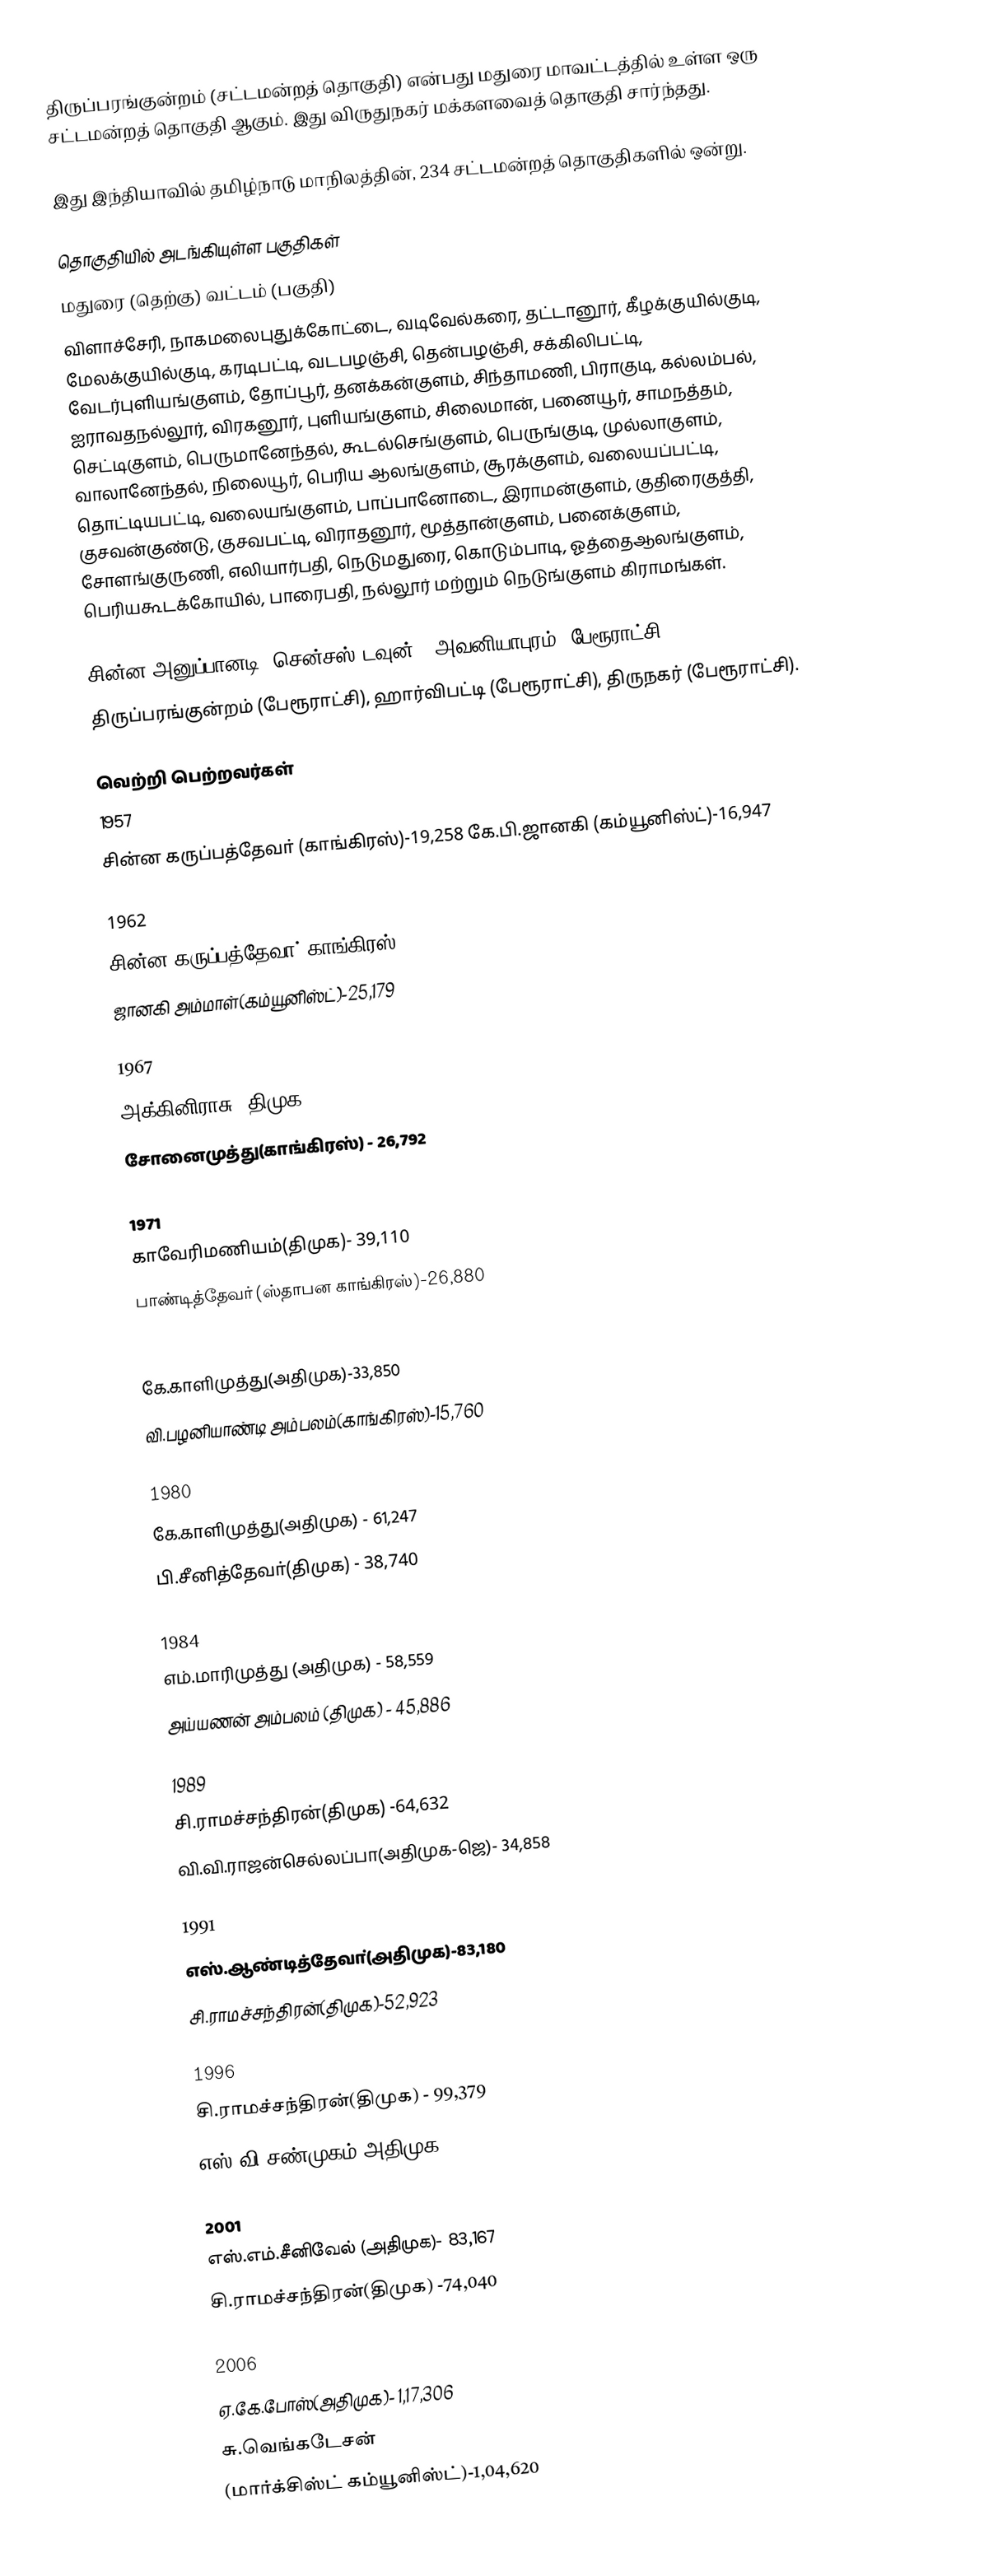
திருப்பரங்குன்றம் (சட்டமன்றத் தொகுதி) என்பது மதுரை மாவட்டத்தில் உள்ள ஒரு சட்டமன்றத் தொகுதி ஆகும். இது விருதுநகர் மக்களவைத் தொகுதி சார்ந்தது.

இது இந்தியாவில் தமிழ்நாடு மாநிலத்தின், 234 சட்டமன்றத் தொகுதிகளில் ஒன்று.

தொகுதியில் அடங்கியுள்ள பகுதிகள்
மதுரை (தெற்கு) வட்டம் (பகுதி)
விளாச்சேரி, நாகமலைபுதுக்கோட்டை, வடிவேல்கரை, தட்டானூர், கீழக்குயில்குடி, மேலக்குயில்குடி, கரடிபட்டி, வடபழஞ்சி, தென்பழஞ்சி, சக்கிலிபட்டி, வேடர்புளியங்குளம், தோப்பூர், தனக்கன்குளம், சிந்தாமணி, பிராகுடி, கல்லம்பல், ஐராவதநல்லூர், விரகனூர், புளியங்குளம், சிலைமான், பனையூர், சாமநத்தம், செட்டிகுளம், பெருமானேந்தல், கூடல்செங்குளம், பெருங்குடி, முல்லாகுளம், வாலானேந்தல், நிலையூர், பெரிய ஆலங்குளம், சூரக்குளம், வலையப்பட்டி, தொட்டியபட்டி, வலையங்குளம், பாப்பானோடை, இராமன்குளம், குதிரைகுத்தி, குசவன்குண்டு, குசவபட்டி, விராதனூர், மூத்தான்குளம், பனைக்குளம், சோளங்குருணி, எலியார்பதி, நெடுமதுரை, கொடும்பாடி, ஓத்தைஆலங்குளம், பெரியகூடக்கோயில், பாரைபதி, நல்லூர் மற்றும் நெடுங்குளம் கிராமங்கள்.

சின்ன அனுப்பானடி (சென்சஸ் டவுன்), அவனியாபுரம் (பேரூராட்சி),
திருப்பரங்குன்றம் (பேரூராட்சி), ஹார்விபட்டி (பேரூராட்சி), திருநகர் (பேரூராட்சி).

வெற்றி பெற்றவர்கள்
1957
சின்ன கருப்பத்தேவா் (காங்கிரஸ்)-19,258 கே.பி.ஜானகி (கம்யூனிஸ்ட்)-16,947

1962
சின்ன கருப்பத்தேவா்(காங்கிரஸ்)- 35,491
ஜானகி அம்மாள்(கம்யூனிஸ்ட்)-25,179

1967
அக்கினிராசு (திமுக)- 49,169
சோனைமுத்து(காங்கிரஸ்) - 26,792

1971
காவேரிமணியம்(திமுக)- 39,110
பாண்டித்தேவா்(ஸ்தாபன காங்கிரஸ்)-26,880

1977
கே.காளிமுத்து(அதிமுக)-33,850
வி.பழனியாண்டி அம்பலம்(காங்கிரஸ்)-15,760

1980
கே.காளிமுத்து(அதிமுக) - 61,247
பி.சீனித்தேவா்(திமுக) - 38,740

1984
எம்.மாரிமுத்து (அதிமுக) - 58,559
அய்யணன் அம்பலம் (திமுக) - 45,886

1989
சி.ராமச்சந்திரன்(திமுக) -64,632
வி.வி.ராஜன்செல்லப்பா(அதிமுக-ஜெ)- 34,858

1991
எஸ்.ஆண்டித்தேவா்(அதிமுக)-83,180
சி.ராமச்சந்திரன்(திமுக)-52,923

1996
சி.ராமச்சந்திரன்(திமுக) - 99,379
எஸ்.வி.சண்முகம்(அதிமுக) -37,900

2001
எஸ்.எம்.சீனிவேல் (அதிமுக)- 83,167
சி.ராமச்சந்திரன்(திமுக) -74,040

2006
ஏ.கே.போஸ்(அதிமுக)- 1,17,306
சு.வெங்கடேசன்
(மார்க்சிஸ்ட் கம்யூனிஸ்ட்)-1,04,620